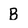
Character: B